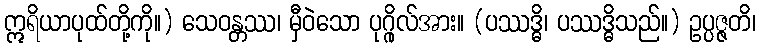
ဣရိယာပုထ်တို့ကို။) သေဝန္တဿ၊ မှီဝဲသော ပုဂ္ဂိုလ်အား။ (ပဿဒ္ဓိ၊ ပဿဒ္ဓိသည်။) ဥပ္ပဇ္ဇတိ၊